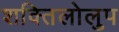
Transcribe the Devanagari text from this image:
शक्तिलोलुप